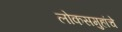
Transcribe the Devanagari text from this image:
लोकसमुहांचे